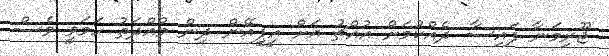
ޖޫރިމަނާ ފައިސާ ދެއްކުމަށް އުއްޗު އަށް އީޕީއޭން ދިން މުއްދަތު ހަމަވީ ވެސް